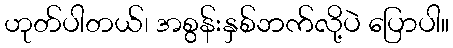
ဟုတ်ပါတယ်၊ အစွန်းနှစ်ဘက်လို့ပဲ ပြောပါ။